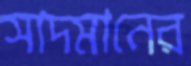
সাদমানের